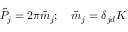
\tilde { \cal P } _ { j } = 2 \pi \tilde { m } _ { j } ; \quad \tilde { m } _ { j } = \delta _ { j d } K